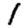
Digit: 1